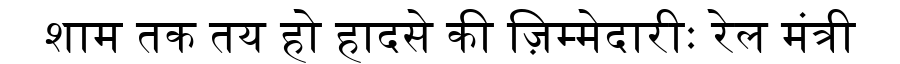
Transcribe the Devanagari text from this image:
शाम तक तय हो हादसे की ज़िम्मेदारीः रेल मंत्री